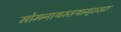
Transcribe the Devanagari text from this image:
सोमनाथस्तथामृतसरः